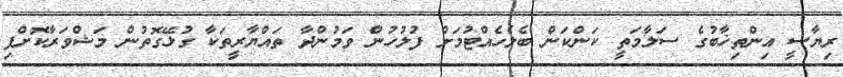
ރިޔާސީ އިންތިޚާބުގެ ސަލާމަތީ ކަންކަން ބެލެހެއްޓުމަށް ފުލުހުން ވަމުންދާ ތައްޔާރީތަކާ ގުޅޭގޮތުން މަޝްވަރާކޮށްފި